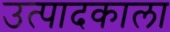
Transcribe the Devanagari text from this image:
उत्पादकाला